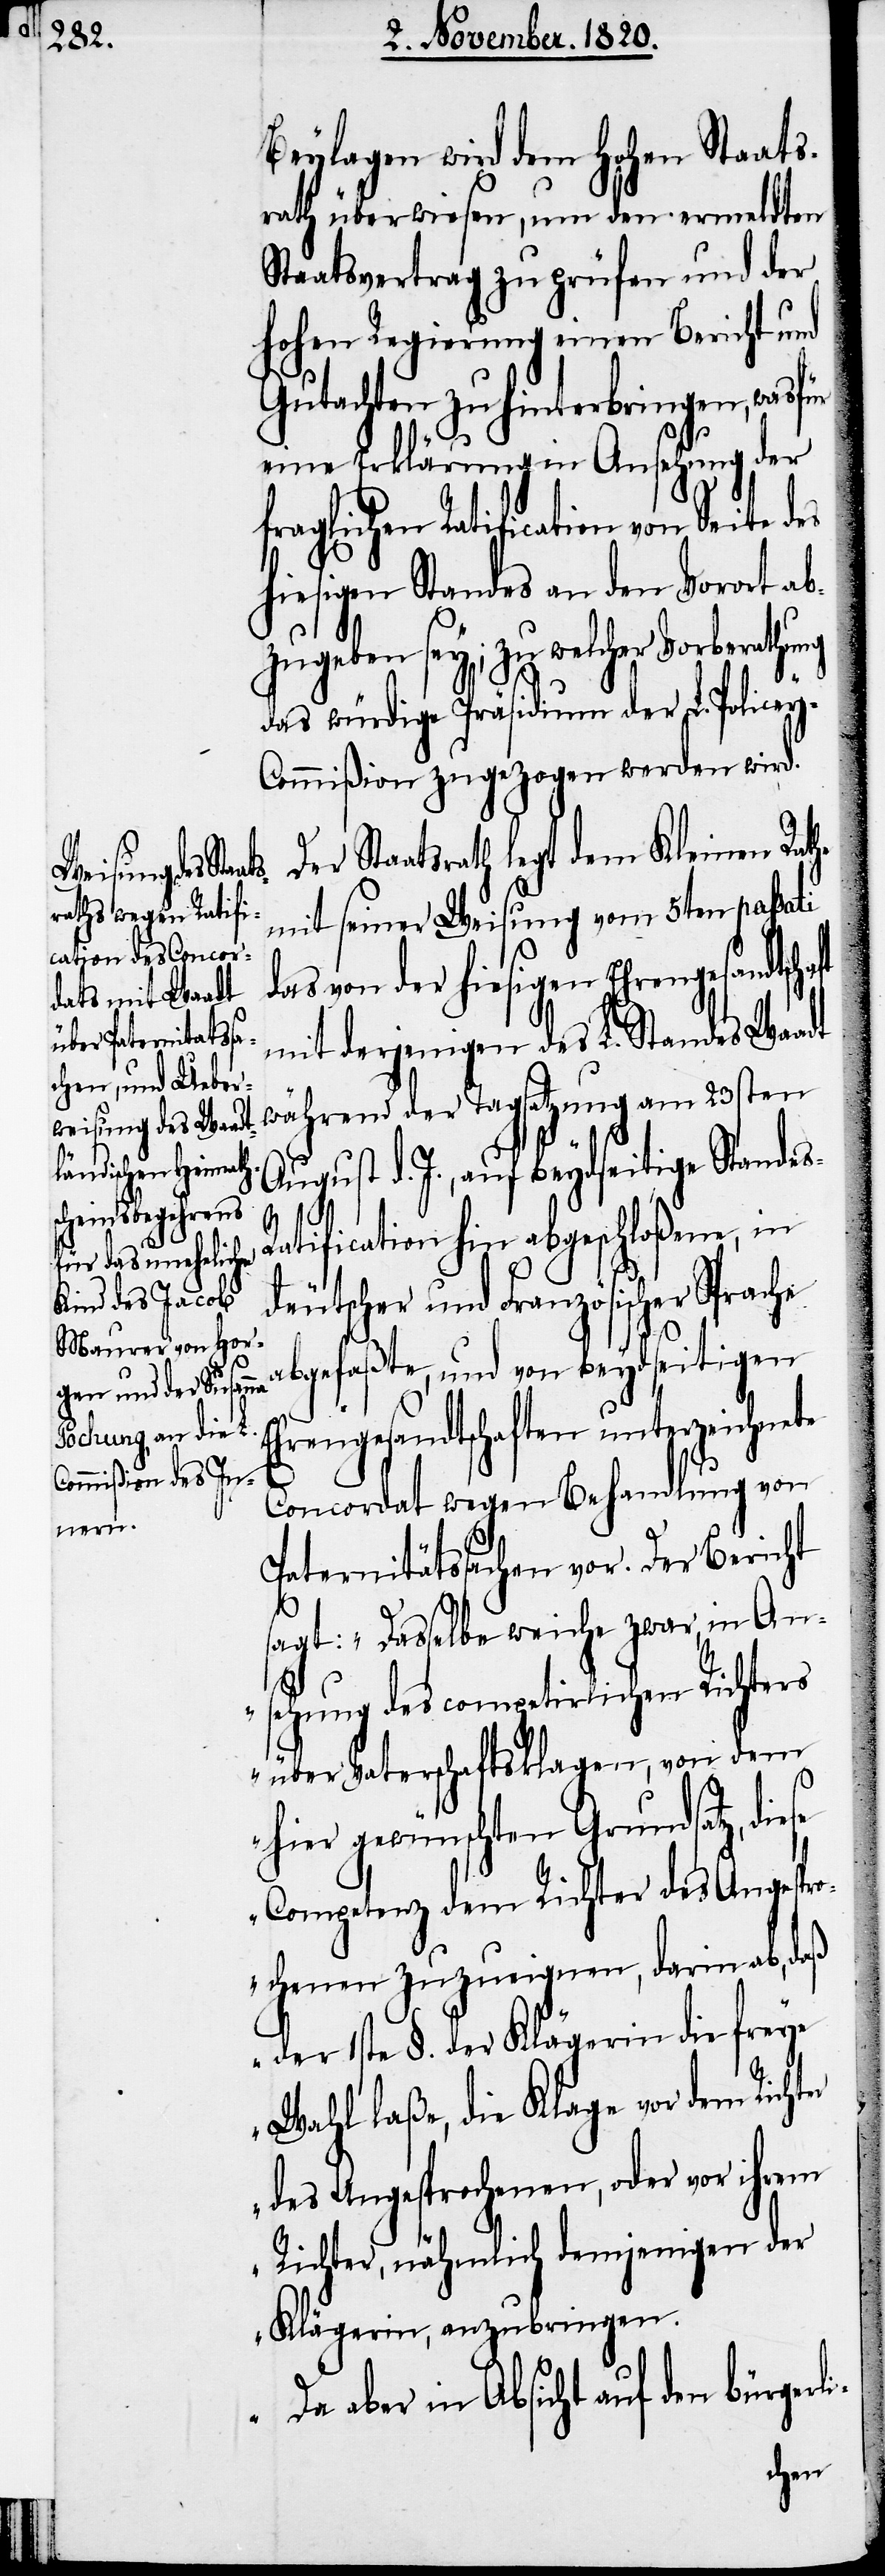
i-

s-R¬

Beylagen wird dem hohen Staats¬
rath überwiesen, um den ermeldten
Staatsvertrag zu prüfen und der
hohen Regierung einen Bericht und
Gutachten zu hinterbringen, was
eine Erklärung in Ansehung der
fraglichen Ratification von Seite des
hiesigen Standes an den Vorort ab¬
zugeben sey; zu welcher Vorbera¬
das würdige Präsidium der L. Police¬
y-Commißion zugezogen werden wird.
Der Staatsrath legt dem Kleinen Rathe
mit seiner Weisung vom 5ten passati
das von der hiesigen Ehrengesandtscha¬
mit derjenigen des L. Standes Waadt
während der Tagsatzung am 23sten
August d. J., beydseitige Stande¬
atification hin abgeschloßene, in
deutscher und Französischer Sprache
abgefaßte, und von beydseitigen
Ehrengesandtschaften unterzeichnete
Concordat wegen Behandlung von
Paternitätssachen vor. Der Bericht
sagt. „Dasselbe weiche zwar, in An¬
sehung des competirlichen Richters
über Vaterschaftsklagen, von dem
hier gewünschten Grundsatz, diese
Competenz dem Richter des Angespro¬
chenen zuzueignen, darin ab, daß
der 1ste §. der Klägerin die freye
Wahl laße, die Klage vor dem Richter
des Angesprochenen, oder vor ihrem
Richter, nähmlich demjenigen der
Klägerin, anzubringen.
Da aber in Absicht auf den bürgerl¬
thung